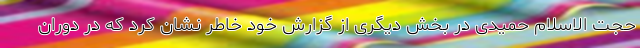
حجت الاسلام حمیدی در بخش دیگری از گزارش خود خاطر نشان کرد که در دوران